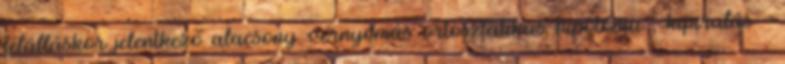
felálláskor jelentkező alacsony vérnyomás ortosztatikus hipotónia , kipirulás -